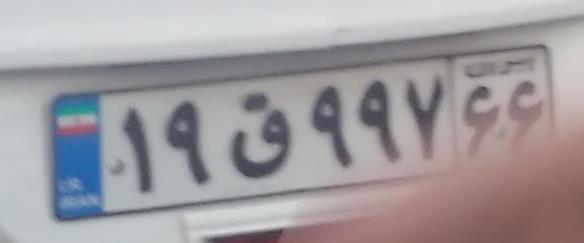
۱۹ق۹۹۷۶۶